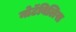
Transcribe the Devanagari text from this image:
नोटॅबिलिस